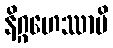
နိဂ္ဂဟေဿာမိ